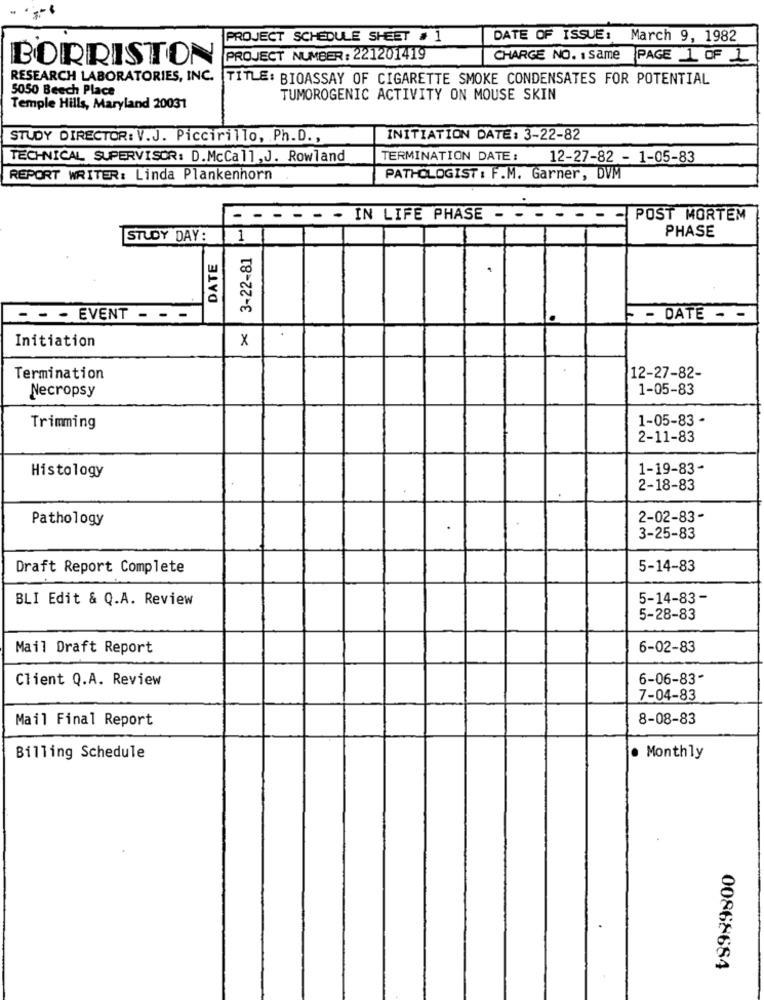
PROJECT SCHEDULE SHEET # 1
DATE OF ISSUE: March 9, 1982
PROJECT NUMBER: 221201419
CHARGE NO. : same PAGE 1 OF 1
BORRISTON
RESEARCH LABORATORIES, INC.
TITLE: BIOASSAY OF CIGARETTE SMOKE CONDENSATES FOR POTENTIAL
5050 Beech Place
TUMOROGENIC ACTIVITY ON MOUSE SKIN
Temple Hills, Maryland 20031
STUDY DIRECTOR: V.J. Piccirillo, Ph.D .,
INITIATION DATE: 3-22-82
TECHNICAL SUPERVISOR: D.McCall, J. Rowland
TERMINATION DATE :
12-27-82 - 1-05-83
REPORT WRITER: Linda Plankenhorn
PATHOLOGIST : F.M. Garner, DVM
- - - - - - IN LIFE PHASE - - - -
POST MORTEM
PHASE
STUDY DAY:
DATE
1
3-22-81
- - - EVENT
- -
DATE - -
Initiation
X
Termination
12-27-82-
Necropsy
1-05-83
1-05-83 -
Trimming
2-11-83
Histology
1-19-83-
2-18-83
Pathology
2-02-83-
3-25-83
Draft Report Complete
5-14-83
BLI Edit & Q.A. Review
5-14-83-
5-28-83
Mail Draft Report
6-02-83
Client Q.A. Review
6-06-83-
7-04-83
Mail Final Report
8-08-83
Billing Schedule
. Monthly
00868684